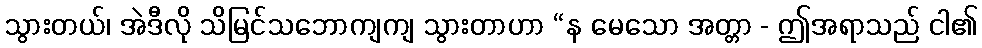
သွားတယ်၊ အဲဒီလို သိမြင်သဘောကျကျ သွားတာဟာ “န မေသော အတ္တာ - ဤအရာသည် ငါ၏